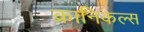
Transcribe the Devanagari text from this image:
क्रानिकल्स